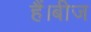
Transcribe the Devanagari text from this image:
हैं।बीज